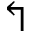
\Lsh